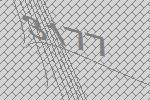
3177